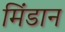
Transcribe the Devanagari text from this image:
मिंडान